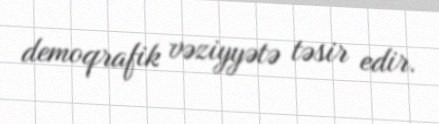
demoqrafik vəziyyətə təsir edir.